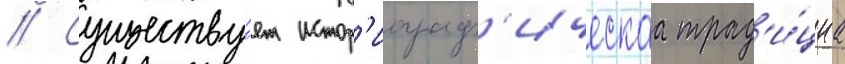
// Существу́ет истор'иограф'ическаа трад'и́циа